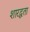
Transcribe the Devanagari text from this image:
शारद्धता